Cholera in southern India
Disease focus: Cholera
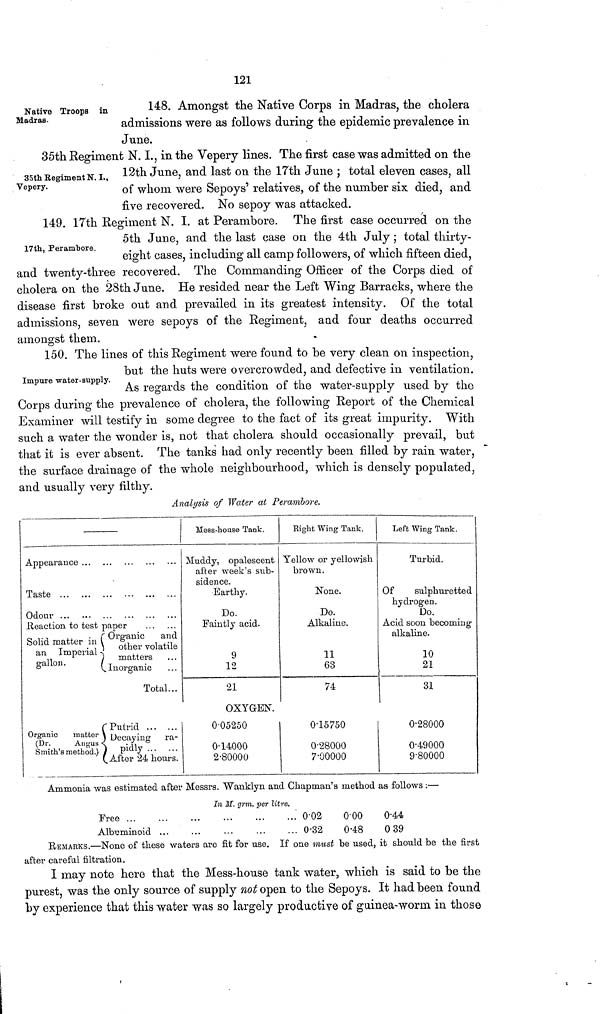
121
Native Troops in
Madras-
148. Amongst the Native Corps in Madras, the cholera
admissions were as follows during the epidemic prevalence in
June.
35th Eegiment N. I.,
Vepery.
35th Regiment N. I., in the Vepery lines. The first case was admitted on the
12th June, and last on the 17th June ; total eleven cases, all
of whom were Sepoys' relatives, of the number six died, and
five recovered. No sepoy was attacked.
17th, Perambore.
149. 17th Regiment N. I. at Perambore. The first case occurred on the
5th June, and the last case on the 4th July; total thirty-
eight cases, including all camp followers, of which fifteen died,
and twenty-three recovered. The Commanding Officer of the Corps died of
cholera on the 28th June. He resided near the Left Wing Barracks, where the
disease first broke out and prevailed in its greatest intensity. Of the total
admissions, seven were sepoys of the Regiment, and four deaths occurred
amongst them.
Impure water-supply.
150. The lines of this Regiment were found to be very clean on inspection,
but the huts were overcrowded, and defective in ventilation.
As regards the condition of the water-supply used by the
Corps during the prevalence of cholera, the following Report of the Chemical
Examiner will testify in some degree to the fact of its great impurity. With
such a water the wonder is, not that cholera should occasionally prevail, but
that it is ever absent. The tanks had only recently been filled by rain water,
the surface drainage of the whole neighbourhood, which is densely populated,
and usually very filthy.
Analysis of Water at Perambore.
Appearance
Taste
Odour
Reaction to test paper
(Organic
and
Solid matter in
an Imperial.
matters
gallon.
Inorganic
Total...
(Putrid
Organic
matter Decaying ra-
(Dr.
Angus
Smith's method.) ) Pidly... ...(After 24 hours.
Mess-house Tank.
Muddy, opalescent
after week's sub-
sidence.
Earthy.
Do.
Faintly acid.
9
12
21
OXYGEN.
0.05250
0.14000
2.80000
Eight Wing Tank.
Yellow or yellowish
brown.
None.
Do.
Alkaline.
11
63
74
0.15750
0.28000
7.00000
Left Wing Tank.
Turbid.
Of
sulphuretted
hydrogen.
Do.
Acid soon becoming
alkaline.
10
21
31
0.28000
0.49000
9.80000
Ammonia was estimated after Messrs. Wanklyn and Chapman's method as follows :—
In M. grm. per litre.
Free ...
Albuminoid
...
...
...
...
...
...
...
...
...
...
0.02
0.32
0.00
0.48
0.44
0 39
REMARKS.—None of these waters are fit for use. If one must be used, it should be the first
after careful filtration.
I may note here that the Mess-house tank water, which is said to be the
purest, was the only source of supply not open to the Sepoys. It had been found
by experience that this water was so largely productive of guinea-worm in those